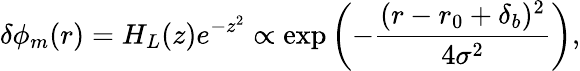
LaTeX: \delta\phi_{m}(r)=H_{L}(z)e^{-z^{2}}\propto\exp\left(-\frac{(r-r_{0}+\delta_{b})^{2}}{4\sigma^{2}}\right),